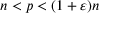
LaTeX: n < p < ( 1 + \varepsilon ) n